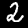
Label: 2